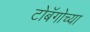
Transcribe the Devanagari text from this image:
टोबॅगोच्या